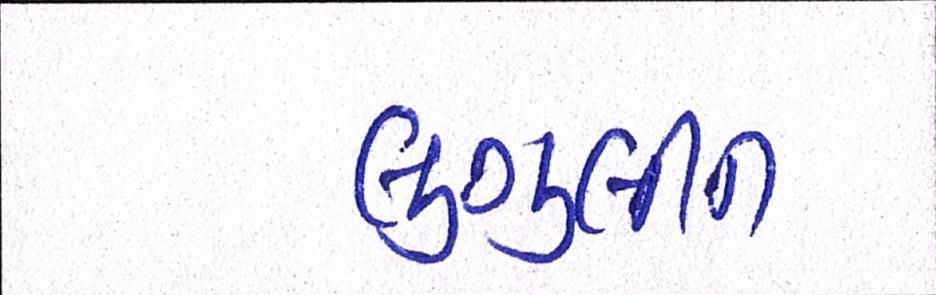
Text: લુગુલીન